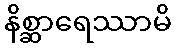
နိစ္ဆာရေဿာမိ